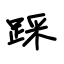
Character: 踩